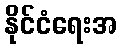
နိုင်ငံရေးအ